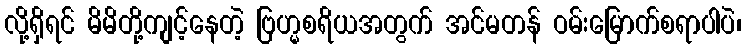
လို့ရှိရင် မိမိတို့ကျင့်နေတဲ့ ဗြဟ္မစရိယအတွက် အင်မတန် ဝမ်းမြောက်စရာပါပဲ၊